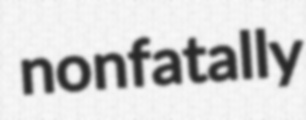
nonfatally